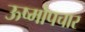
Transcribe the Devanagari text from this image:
ऊष्मोपचार